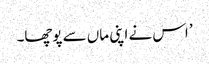
’ اس نے اپنی ماں سے پوچھا۔